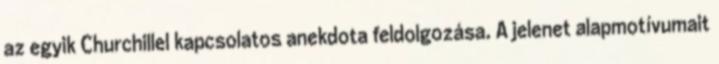
az egyik Churchillel kapcsolatos anekdota feldolgozása. A jelenet alapmotívumait